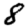
Digit: 8